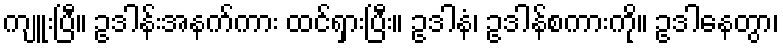
ကျူးပြီ။ ဥဒါန်းအနက်ကား ထင်ရှားပြီး။ ဥဒါနံ၊ ဥဒါန်စကားကို။ ဥဒါနေတွာ၊